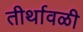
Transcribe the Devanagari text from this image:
तीर्थावळी